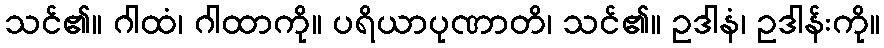
သင်၏။ ဂါထံ၊ ဂါထာကို။ ပရိယာပုဏာတိ၊ သင်၏။ ဥဒါနံ၊ ဥဒါန်းကို။